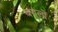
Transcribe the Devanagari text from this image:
बगूलों